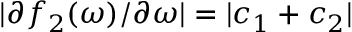
| \partial f _ { 2 } ( \omega ) / \partial \omega | = | c _ { 1 } + c _ { 2 } |